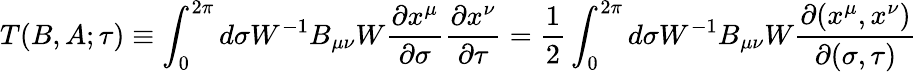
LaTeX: T(B,A;\tau)\equiv\int_{0}^{2\pi}d\sigma W^{-1}B_{\mu\nu}W\frac{\partial x^{\mu}}{\partial\sigma}\frac{\partial x^{\nu}}{\partial\tau}=\frac 12\int_{0}^{2\pi}d\sigma W^{-1}B_{\mu\nu}W\frac{\partial(x^{\mu},x^{\nu})}{\partial(\sigma,\tau)}